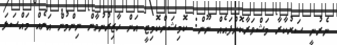
ނެރުނީ ސަރުކާރާ މަޝްވަރާކޮށްފައެއް ނޫން: ކޮމިޝަންކޮމިޓީ އަށް ހާޒިރުނުވާން ނިންމުން އަނެއް މައްސަލަ